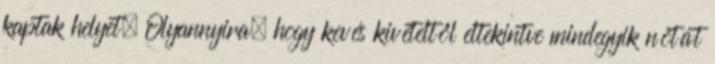
kaptak helyet. Olyannyira, hogy kevés kivételtől eltekintve mindegyik nótát